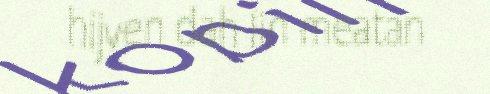
hijven dah lin meatan